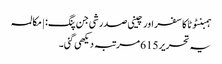
ہمبنٹوٹا کا سفر اور چینی صدر شی جن پنگ: | مکالمہ
یہ تحریر 615 مرتبہ دیکھی گئی۔